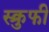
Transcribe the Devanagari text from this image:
स्क्रुफी